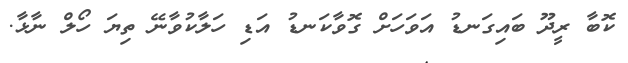
ކޮބާ ރީދޫ ބައިގަނޑު އަވަހަށް ގޮވާކަނޑު އަޑި ހަލާކުވާނޭ ތިޔަ ހޯލް ނާޅާ.